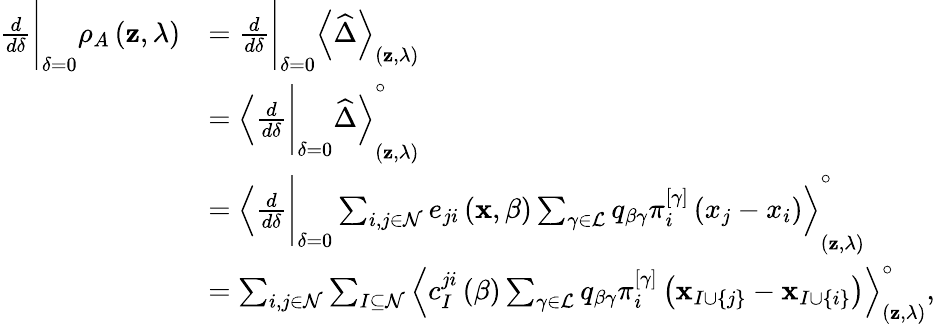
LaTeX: \begin{array}{rl}{\frac{d}{d\delta}\Bigg\vert_{\delta=0}\rho_{A}\left(\mathbf{z},\lambda\right)}&{=\frac{d}{d\delta}\Bigg\vert_{\delta=0}\left<\widehat{\Delta}\right>_{\left(\mathbf{z},\lambda\right)}}\\ &{=\left<\frac{d}{d\delta}\Bigg\vert_{\delta=0}\widehat{\Delta}\right>_{\left(\mathbf{z},\lambda\right)}^{\circ}}\\ &{=\left<\frac{d}{d\delta}\Bigg\vert_{\delta=0}\sum_{i,j\in\mathcal{N}}e_{ji}\left(\mathbf{x},\beta\right)\sum_{\gamma\in\mathcal{L}}q_{\beta\gamma}\pi_{i}^{\left[\gamma\right]}\left(x_{j}-x_{i}\right)\right>_{\left(\mathbf{z},\lambda\right)}^{\circ}}\\ &{=\sum_{i,j\in\mathcal{N}}\sum_{I\subseteq\mathcal{N}}\left<c_{I}^{ji}\left(\beta\right)\sum_{\gamma\in\mathcal{L}}q_{\beta\gamma}\pi_{i}^{\left[\gamma\right]}\left(\mathbf{x}_{I\cup\left\{ j\right\} }-\mathbf{x}_{I\cup\left\{ i\right\} }\right)\right>_{\left(\mathbf{z},\lambda\right)}^{\circ},}\end{array}